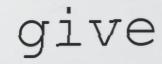
give